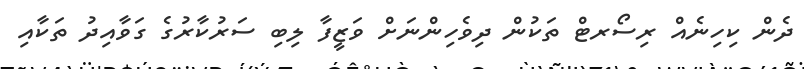
ދެން ކިހިނެއް ރިސޯރޓް ތަކުން ދިވެހިންނަށް ވަޒީފާ ލިބި ސަރުކާރުގެ ގަވާއިދު ތަކާއި